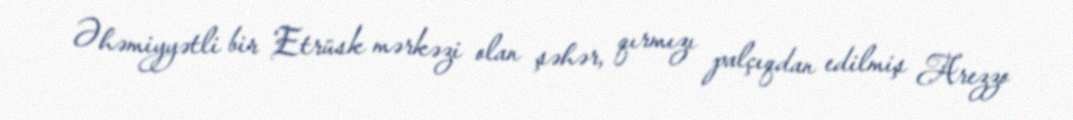
Əhəmiyyətli bir Etrüsk mərkəzi olan şəhər, qırmızı palçıqdan edilmiş Arezzo